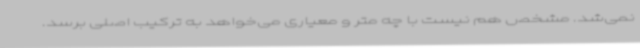
نمی‌شد. مشخص هم نیست با چه متر و معیاری می‌خواهد به ترکیب اصلی برسد.